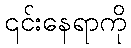
၎င်းနေရာကို